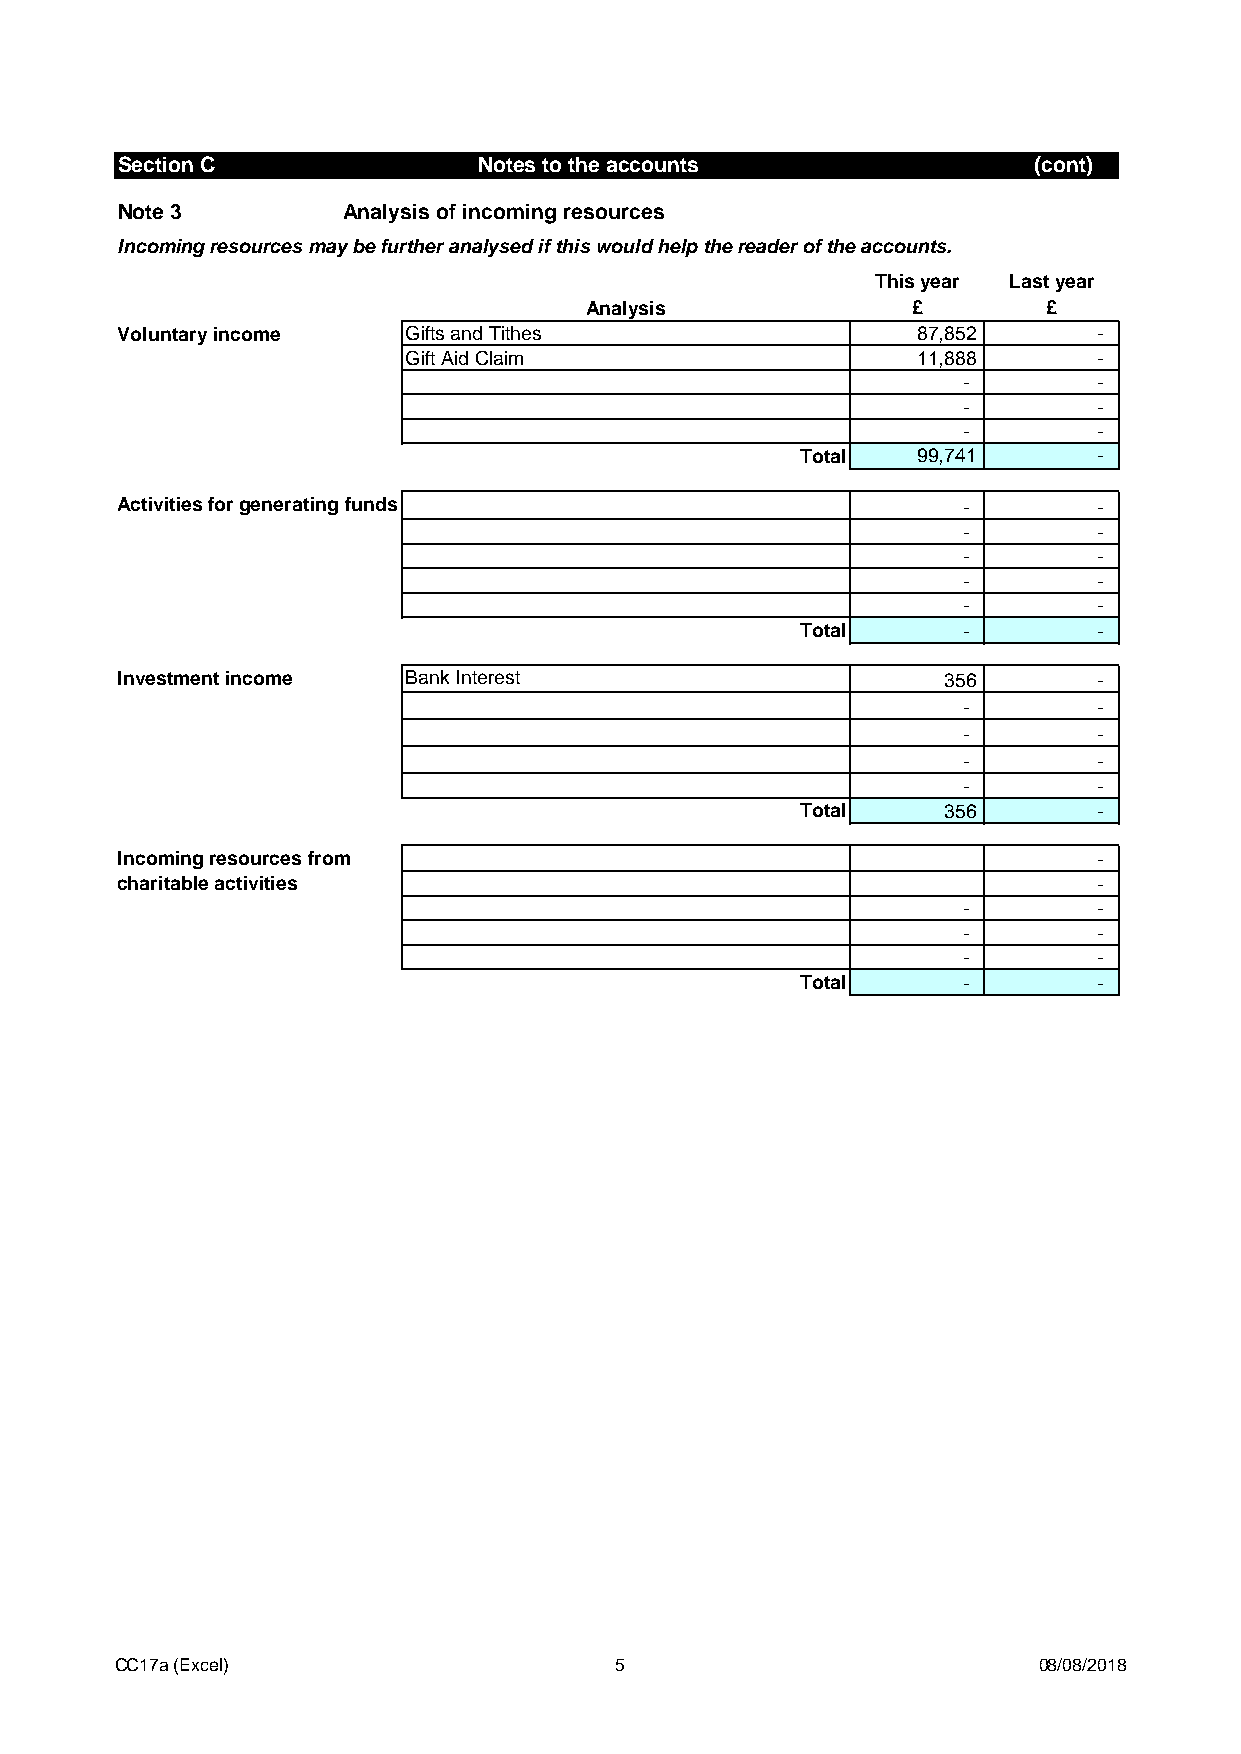
Section C               Notes to the accounts               (cont)
 Note 3         Analysis of incoming resources
 Incoming resources may be further analysed if this would help the reader of the accounts.
 This year Last year
 Analysis             £        £
 Voluntary income   Gifts and Tithes                  87,852      -
 Gift Aid Claim                    11,888      -
 -        -
 -        -
 -        -
 Total   99,741      -
 Activities for generating funds                         -        -
 -        -
 -        -
 -        -
 -        -
 Total      -        -
 Investment income  Bank Interest                       356       -
 -        -
 -        -
 -        -
 -        -
 Total     356       -
 Incoming resources from                                          -
 charitable activities                                            -
 -        -
 -        -
 -        -
 Total      -        -
 CC17a (Excel)                    5                           08/08/2018